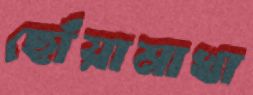
ছোঁয়ামাখা